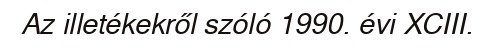
Az illetékekről szóló 1990. évi XCIII.